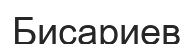
Бисариев